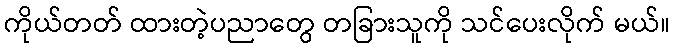
ကိုယ်တတ် ထားတဲ့ပညာတွေ တခြားသူကို သင်ပေးလိုက် မယ်။